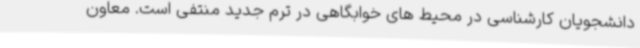
دانشجویان کارشناسی در محیط های خوابگاهی در ترم جدید منتفی است. معاون